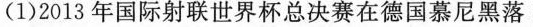
(1)2013年国际射联世界杯总决赛在德国慕尼黑落